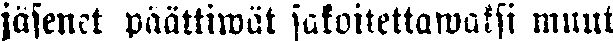
jäsenet päättiwät sakoitettawaksi muut